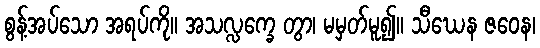
စွန့်အပ်သော အရပ်ကို။ အသလ္လက္ခေ တွာ၊ မမှတ်မူ၍။ သီဃေန ဇဝေန၊